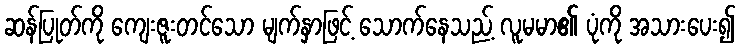
ဆန်ပြုတ်ကို ကျေးဇူးတင်သော မျက်နှာဖြင့် သောက်နေသည့် လူမမာ၏ ပုံကို အသားပေး၍